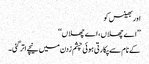
اور بھینس کو
’’اے چھلاں، اے چھلاں‘‘
کے نام سے پکارتی ہوئی چشم زدن میں نیچے اتر گئی۔